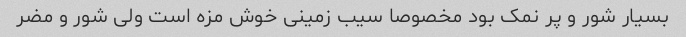
بسیار شور و پر نمک بود مخصوصا سیب زمینی خوش مزه است ولی شور و مضر